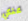
عنكي